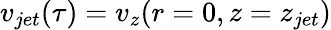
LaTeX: v_{jet}(\tau)=v_{z}(r=0,z=z_{jet})